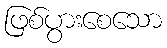
ဖြစ်ပွားစေသော